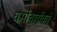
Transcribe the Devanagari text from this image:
धर्माचार्यको